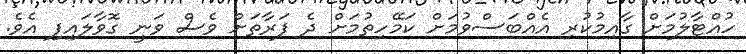
ހުއްޓާލުމަށް ގާއިމުކުރި އެއްބަސްވުމަށް ކަމޭހިތުމަށް ދެ ފަރާތަށް ވެސް ވަނީ ގޮވާލައިފި އެވެ.